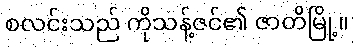
စလင်းသည် ကိုသန့်ဇင်၏ ဇာတိမြို့။